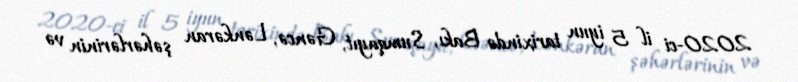
2020-ci il 5 iyun tarixində Bakı, Sumqayıt, Gəncə, Lənkəran şəhərlərinin və